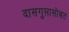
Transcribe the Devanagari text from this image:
दासगुप्तासोबत